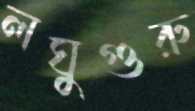
লঘুগুরু